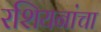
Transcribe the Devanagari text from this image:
रशियनांचा